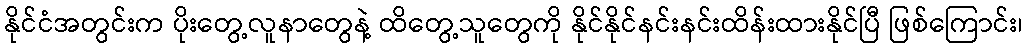
နိုင်ငံအတွင်းက ပိုးတွေ့လူနာတွေနဲ့ ထိတွေ့သူတွေကို နိုင်နိုင်နင်းနင်းထိန်းထားနိုင်ပြီ ဖြစ်ကြောင်း၊